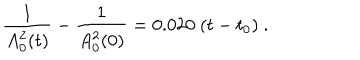
LaTeX: \frac { 1 } { A _ { 0 } ^ { 2 } ( t ) } - \frac { 1 } { A _ { 0 } ^ { 2 } ( 0 ) } = 0 . 0 2 0 \ ( t - t _ { 0 } ) \ .